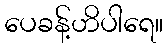
ပေခန့်ဟိပါရေ။